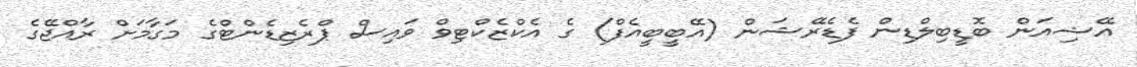
އޭޝިއަން ބޮޑީބިލްޑިން ފެޑެރޭޝަން (އޭބީބީއެފް) ގެ އެކްޒެކްޓިވް ވައިސް ޕްރެެޒިޑެންޓްގެ މަގާމަށް ރާއްޖޭގެ